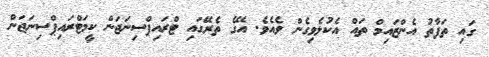
ގައި ތަފާތު އެންޒައިމް ތައް އެކުލެވިގެން ވެއެވެ. އޭގެ ތެރޭގައި ޓްރައިޕްސިނަޖަން ކީމަޓްރައިޕްސިނަޖަން